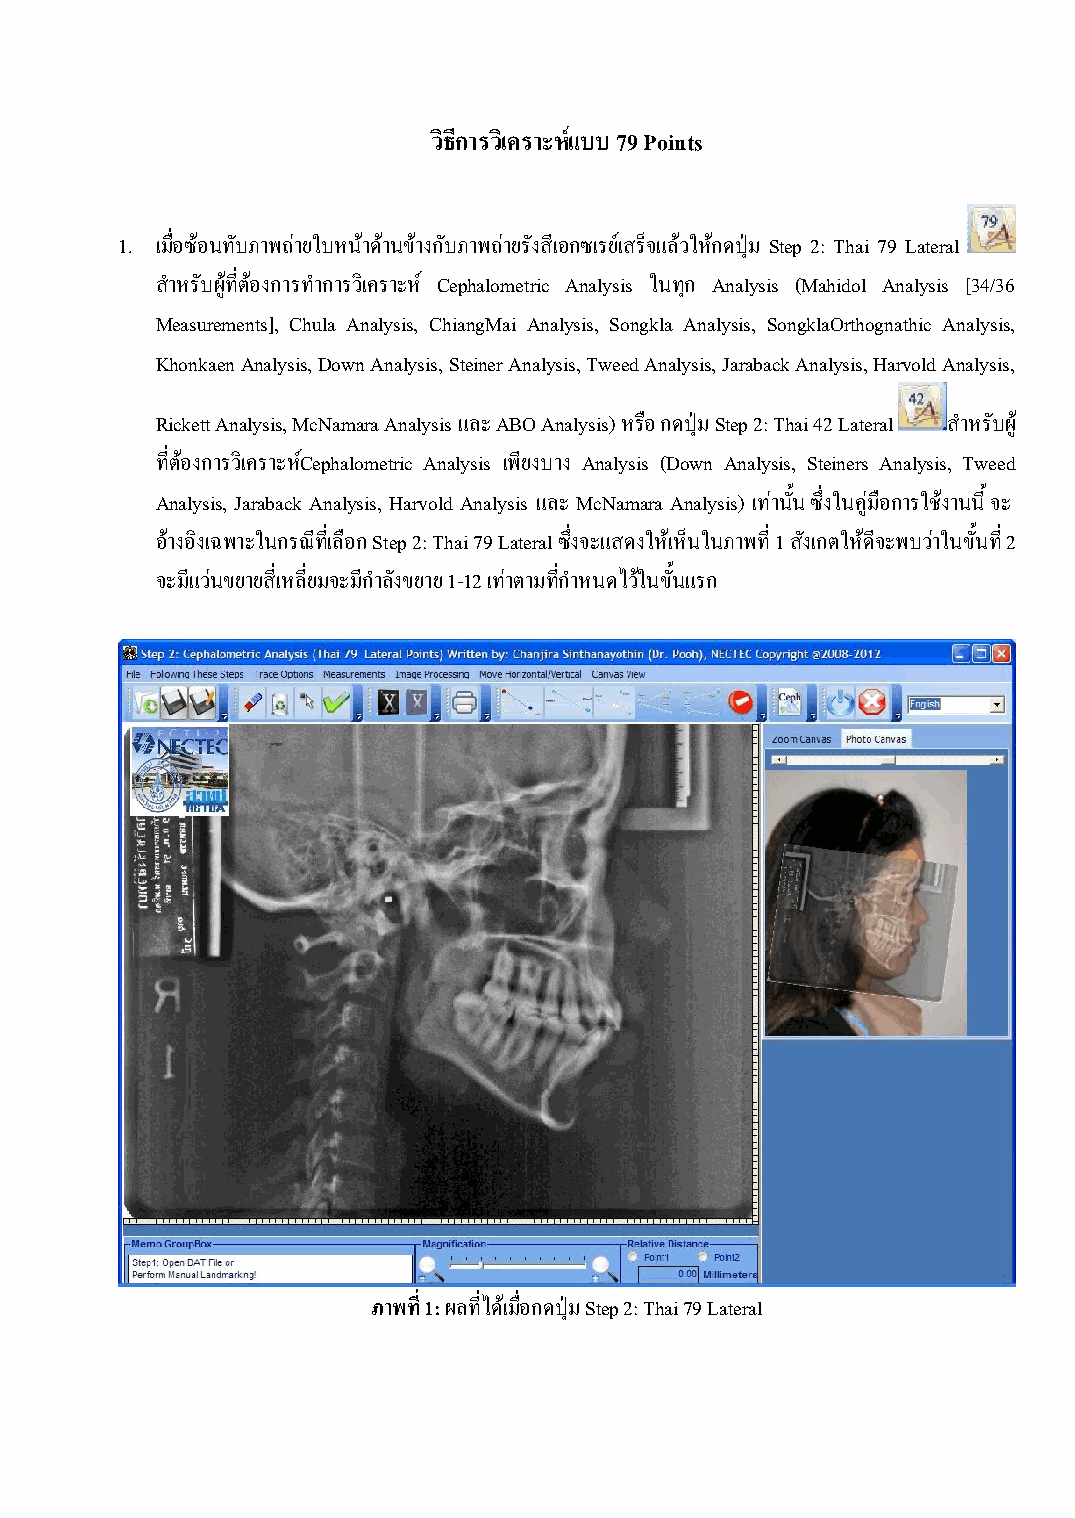
วิธีการวิเคราะห์แบบ 79 Points
 1. เมื่อซ้อนทับภาพถ่ายใบหน้าด้านข้างกับภาพถ่ายรังสีเอกซเรย์เสร็จแล้วให้กดปุ่ม Step 2: Thai 79 Lateral
 ส าหรับผู้ที่ต้องการท าการวิเคราะห์ Cephalometric Analysis ในทุก Analysis (Mahidol Analysis [34/36
 Measurements], Chula Analysis, ChiangMai Analysis, Songkla Analysis, SongklaOrthognathic Analysis,
 Khonkaen Analysis, Down Analysis, Steiner Analysis, Tweed Analysis, Jaraback Analysis, Harvold Analysis,
 Rickett Analysis, McNamara Analysis และ ABO Analysis) หรือ กดปุ่ม Step 2: Thai 42 Lateral ส าหรับผู้
 ที่ต้องการวิเคราะหC์ ephalometric Analysis เพียงบาง Analysis (Down Analysis, Steiners Analysis, Tweed
 Analysis, Jaraback Analysis, Harvold Analysis และ McNamara Analysis) เท่านั้น ซึ่งในคู่มือการใช้งานนี้ จะ
 อ้างอิงเฉพาะในกรณีที่เลือก Step 2: Thai 79 Lateral ซึ่งจะแสดงให้เห็นในภาพที่ 1 สังเกตให้ดีจะพบว่าในขั้นที่ 2
 จะมีแว่นขยายสี่เหลี่ยมจะมีก าลังขยาย 1-12 เท่าตามที่ก าหนดไว้ในขั้นแรก
 ภาพที่ 1: ผลที่ได้เมื่อกดปุ่ม Step 2: Thai 79 Lateral
 33